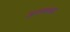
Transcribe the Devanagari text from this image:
अल्क्स्बा